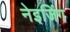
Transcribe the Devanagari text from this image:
नेइजिंग